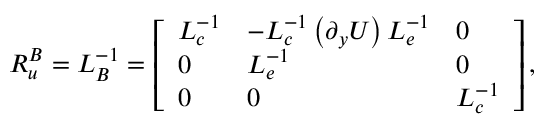
\boldsymbol { R _ { u } ^ { B } } = \boldsymbol { L } _ { \boldsymbol { B } } ^ { - 1 } = \left[ \begin{array} { l l l } { \boldsymbol { L } _ { \boldsymbol { c } } ^ { - 1 } } & { - \boldsymbol { L } _ { \boldsymbol { c } } ^ { - 1 } \left( \boldsymbol { \partial _ { y } U } \right) \boldsymbol { L } _ { \boldsymbol { e } } ^ { - 1 } } & { \boldsymbol { 0 } } \\ { \boldsymbol { 0 } } & { \boldsymbol { L } _ { \boldsymbol { e } } ^ { - 1 } } & { \boldsymbol { 0 } } \\ { \boldsymbol { 0 } } & { \boldsymbol { 0 } } & { \boldsymbol { L } _ { \boldsymbol { c } } ^ { - 1 } } \end{array} \right] ,